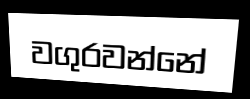
වගුරවන්නේ